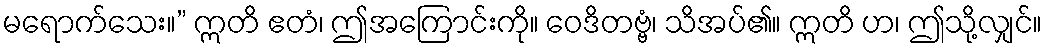
မရောက်သေး။” ဣတိ ဧတံ၊ ဤအကြောင်းကို။ ဝေဒိတဗ္ဗံ၊ သိအပ်၏။ ဣတိ ဟ၊ ဤသို့လျှင်။